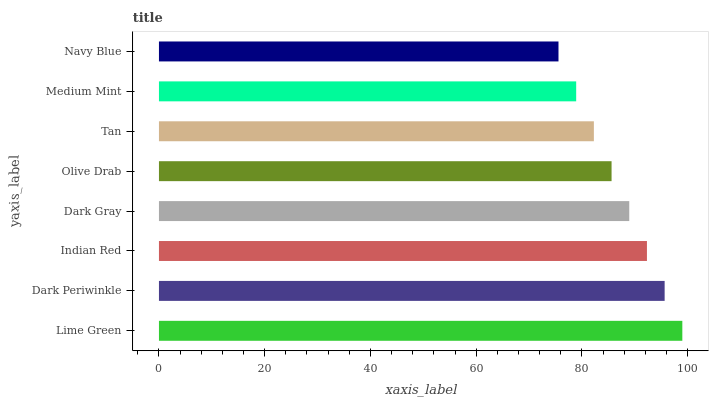
| yaxis_label | bars |
 | --- | --- |
 | Lime Green | 99 |
 | Dark Periwinkle | 95.7 |
 | Indian Red | 92.3 |
 | Dark Gray | 89 |
 | Olive Drab | 85.6 |
 | Tan | 82.3 |
 | Medium Mint | 78.9 |
 | Navy Blue | 75.6 |